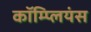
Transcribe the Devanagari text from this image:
कॉम्प्लियंस